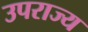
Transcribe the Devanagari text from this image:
उपराज्य